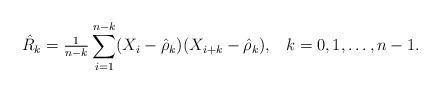
LaTeX: \begin{align*} \hat{R}_k = \tfrac{1}{n-k}\sum_{i=1}^{n-k} (X_i-\hat{\rho}_k) (X_{i+k}-\hat{\rho}_k), \;\;\;k=0,1,\ldots, n-1.\end{align*}